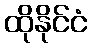
ထိုနိုင်ငံ